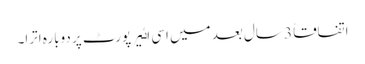
اتفاقاً 3 سال بعد میں اسی اٸیر پورٹ پر دوبارہ اترا۔